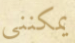
يمكنني